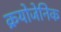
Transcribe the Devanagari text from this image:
क्रयोजेनिक